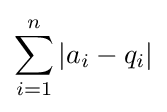
\sum _{i=1}^{n}|a_{i}-q_{i}|